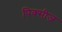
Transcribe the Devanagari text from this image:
पिक्सीज